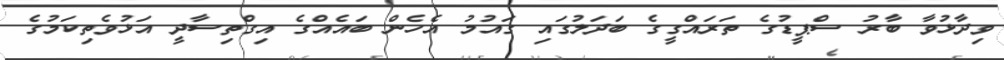
ވިދާޅުވާ ބާރު ސްޕީޑުގެ ތަރައްގީގެ ބަދަލުގައި ގައުމު އެހެން ބައެއްގެ އިގްތިސާދީ އަޅުވެތިކަމުގެ